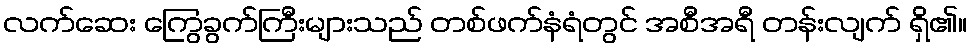
လက်ဆေး ကြွေခွက်ကြီးများသည် တစ်ဖက်နံရံတွင် အစီအရီ တန်းလျက် ရှိ၏။